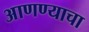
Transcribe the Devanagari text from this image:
अाणण्याचा